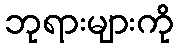
ဘုရားများကို